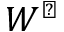
W ^ { \perp }